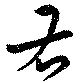
右